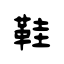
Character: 鞋